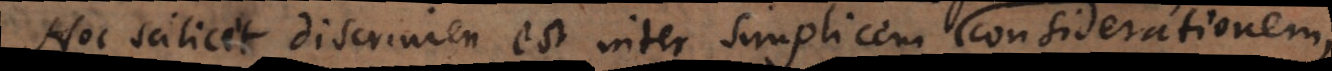
Hoc scilicet discrimen est inter simplicem considerationem,